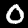
Digit: 0